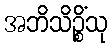
အဘိသိဉ္စိံသု